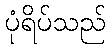
ပုံရိပ်သည်